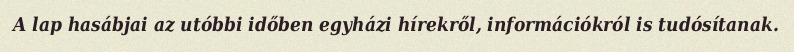
A lap hasábjai az utóbbi időben egyházi hírekről, információkról is tudósítanak.